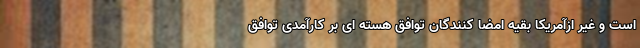
است و غیر ازآمریکا بقیه امضا کنندگان توافق هسته ای بر کارآمدی توافق